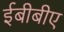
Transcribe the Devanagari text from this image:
ईबीबीए